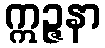
ဣဉ္ဇနာ